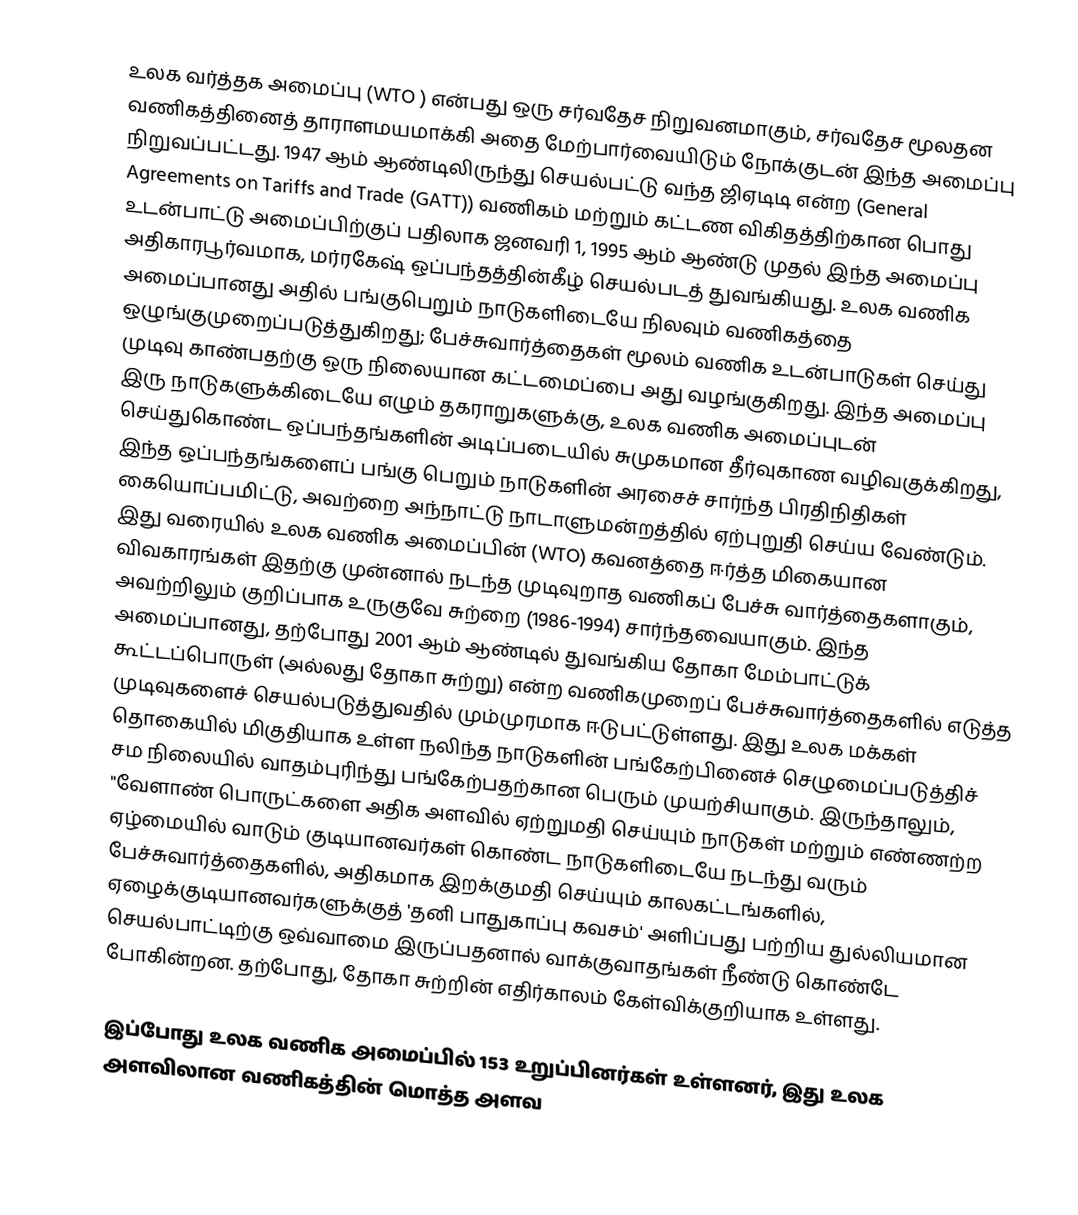
உலக வர்த்தக அமைப்பு (WTO ) என்பது ஒரு சர்வதேச நிறுவனமாகும், சர்வதேச மூலதன வணிகத்தினைத் தாராளமயமாக்கி அதை மேற்பார்வையிடும் நோக்குடன் இந்த அமைப்பு நிறுவப்பட்டது. 1947 ஆம் ஆண்டிலிருந்து செயல்பட்டு வந்த ஜிஏடிடி என்ற (General Agreements on Tariffs and Trade (GATT)) வணிகம் மற்றும் கட்டண விகிதத்திற்கான பொது உடன்பாட்டு அமைப்பிற்குப் பதிலாக ஜனவரி 1, 1995 ஆம் ஆண்டு முதல் இந்த அமைப்பு அதிகாரபூர்வமாக, மர்ரகேஷ் ஒப்பந்தத்தின்கீழ் செயல்படத் துவங்கியது. உலக வணிக அமைப்பானது அதில் பங்குபெறும் நாடுகளிடையே நிலவும் வணிகத்தை ஒழுங்குமுறைப்படுத்துகிறது; பேச்சுவார்த்தைகள் மூலம் வணிக உடன்பாடுகள் செய்து முடிவு காண்பதற்கு ஒரு நிலையான கட்டமைப்பை அது வழங்குகிறது. இந்த அமைப்பு இரு நாடுகளுக்கிடையே எழும் தகராறுகளுக்கு, உலக வணிக அமைப்புடன் செய்துகொண்ட ஒப்பந்தங்களின் அடிப்படையில் சுமுகமான தீர்வுகாண வழிவகுக்கிறது, இந்த ஒப்பந்தங்களைப் பங்கு பெறும் நாடுகளின் அரசைச் சார்ந்த பிரதிநிதிகள் கையொப்பமிட்டு, அவற்றை அந்நாட்டு நாடாளுமன்றத்தில் ஏற்புறுதி செய்ய வேண்டும். இது வரையில் உலக வணிக அமைப்பின் (WTO) கவனத்தை ஈர்த்த மிகையான விவகாரங்கள் இதற்கு முன்னால் நடந்த முடிவுறாத வணிகப் பேச்சு வார்த்தைகளாகும், அவற்றிலும் குறிப்பாக உருகுவே சுற்றை (1986-1994) சார்ந்தவையாகும். இந்த அமைப்பானது, தற்போது 2001 ஆம் ஆண்டில் துவங்கிய தோகா மேம்பாட்டுக் கூட்டப்பொருள் (அல்லது தோகா சுற்று) என்ற வணிகமுறைப் பேச்சுவார்த்தைகளில் எடுத்த முடிவுகளைச் செயல்படுத்துவதில் மும்முரமாக ஈடுபட்டுள்ளது. இது உலக மக்கள் தொகையில் மிகுதியாக உள்ள நலிந்த நாடுகளின் பங்கேற்பினைச் செழுமைப்படுத்திச் சம நிலையில் வாதம்புரிந்து பங்கேற்பதற்கான பெரும் முயற்சியாகும். இருந்தாலும், "வேளாண் பொருட்களை அதிக அளவில் ஏற்றுமதி செய்யும் நாடுகள் மற்றும் எண்ணற்ற ஏழ்மையில் வாடும் குடியானவர்கள் கொண்ட நாடுகளிடையே நடந்து வரும் பேச்சுவார்த்தைகளில், அதிகமாக இறக்குமதி செய்யும் காலகட்டங்களில், ஏழைக்குடியானவர்களுக்குத் 'தனி பாதுகாப்பு கவசம்' அளிப்பது பற்றிய துல்லியமான செயல்பாட்டிற்கு ஒவ்வாமை இருப்பதனால் வாக்குவாதங்கள் நீண்டு கொண்டே போகின்றன. தற்போது, தோகா சுற்றின் எதிர்காலம் கேள்விக்குறியாக உள்ளது.

இப்போது உலக வணிக அமைப்பில் 153 உறுப்பினர்கள் உள்ளனர், இது உலக அளவிலான வணிகத்தின் மொத்த அளவ